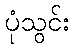
ပုံသွင်း